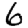
Digit: 6